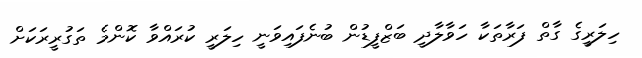
ހިލަރީގެ ގާތް ފަރާތަކާ ހަވާލާދީ ބަޒްފީޑުން ބުނެފައިވަނީ ހިލަރީ ކުރައްވާ ކޮންމެ ތަގުރީރަކަށް